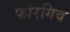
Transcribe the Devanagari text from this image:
फौरगिव